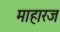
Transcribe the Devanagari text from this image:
माहारज